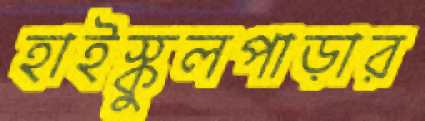
হাইস্কুলপাড়ার